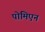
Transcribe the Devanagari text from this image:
पोमिएन